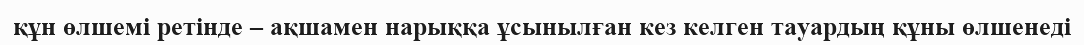
құн өлшемі ретінде – ақшамен нарыққа ұсынылған кез келген тауардың құны өлшенеді